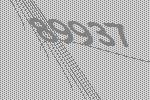
89937